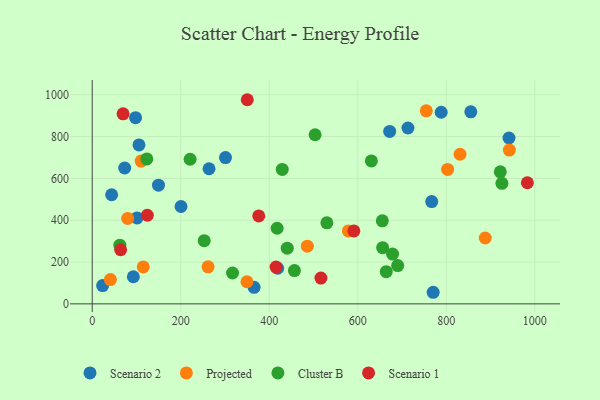
{"axis": {"x": "Experience", "y": "Profit"}, "legend": ["Cluster B", "Projected", "Scenario 1", "Scenario 2"], "data": [{"x": "73.4", "y": 649.5, "type": "Scenario 2"}, {"x": "713.3", "y": 840.9, "type": "Scenario 2"}, {"x": "23.5", "y": 87.4, "type": "Scenario 2"}, {"x": "92.9", "y": 129.7, "type": "Scenario 2"}, {"x": "770.3", "y": 55.4, "type": "Scenario 2"}, {"x": "149.7", "y": 567.5, "type": "Scenario 2"}, {"x": "200.6", "y": 465.4, "type": "Scenario 2"}, {"x": "97.9", "y": 890.1, "type": "Scenario 2"}, {"x": "788.4", "y": 916.2, "type": "Scenario 2"}, {"x": "767.0", "y": 489.0, "type": "Scenario 2"}, {"x": "301.1", "y": 699.2, "type": "Scenario 2"}, {"x": "43.9", "y": 521.6, "type": "Scenario 2"}, {"x": "672.0", "y": 824.5, "type": "Scenario 2"}, {"x": "855.3", "y": 918.0, "type": "Scenario 2"}, {"x": "101.3", "y": 410.8, "type": "Scenario 2"}, {"x": "941.6", "y": 793.1, "type": "Scenario 2"}, {"x": "263.9", "y": 646.1, "type": "Scenario 2"}, {"x": "365.7", "y": 79.3, "type": "Scenario 2"}, {"x": "105.6", "y": 759.8, "type": "Scenario 2"}, {"x": "418.9", "y": 170.2, "type": "Scenario 2"}, {"x": "349.6", "y": 105.7, "type": "Projected"}, {"x": "942.4", "y": 735.4, "type": "Projected"}, {"x": "831.0", "y": 715.4, "type": "Projected"}, {"x": "115.3", "y": 176.8, "type": "Projected"}, {"x": "80.1", "y": 408.4, "type": "Projected"}, {"x": "802.9", "y": 642.7, "type": "Projected"}, {"x": "486.0", "y": 275.8, "type": "Projected"}, {"x": "110.6", "y": 682.7, "type": "Projected"}, {"x": "261.7", "y": 177.0, "type": "Projected"}, {"x": "578.7", "y": 348.6, "type": "Projected"}, {"x": "754.7", "y": 922.7, "type": "Projected"}, {"x": "41.1", "y": 116.3, "type": "Projected"}, {"x": "887.9", "y": 314.9, "type": "Projected"}, {"x": "317.0", "y": 147.6, "type": "Cluster B"}, {"x": "253.0", "y": 301.9, "type": "Cluster B"}, {"x": "690.1", "y": 183.0, "type": "Cluster B"}, {"x": "417.8", "y": 361.5, "type": "Cluster B"}, {"x": "630.7", "y": 683.5, "type": "Cluster B"}, {"x": "123.3", "y": 693.0, "type": "Cluster B"}, {"x": "440.6", "y": 266.3, "type": "Cluster B"}, {"x": "655.4", "y": 396.9, "type": "Cluster B"}, {"x": "503.5", "y": 808.6, "type": "Cluster B"}, {"x": "429.3", "y": 642.8, "type": "Cluster B"}, {"x": "456.8", "y": 159.0, "type": "Cluster B"}, {"x": "221.1", "y": 691.3, "type": "Cluster B"}, {"x": "530.1", "y": 387.4, "type": "Cluster B"}, {"x": "664.3", "y": 153.7, "type": "Cluster B"}, {"x": "925.6", "y": 576.5, "type": "Cluster B"}, {"x": "656.1", "y": 268.7, "type": "Cluster B"}, {"x": "678.5", "y": 238.0, "type": "Cluster B"}, {"x": "921.9", "y": 631.3, "type": "Cluster B"}, {"x": "62.4", "y": 280.5, "type": "Cluster B"}, {"x": "124.5", "y": 423.6, "type": "Scenario 1"}, {"x": "415.3", "y": 176.1, "type": "Scenario 1"}, {"x": "69.7", "y": 908.4, "type": "Scenario 1"}, {"x": "376.2", "y": 420.6, "type": "Scenario 1"}, {"x": "516.7", "y": 123.2, "type": "Scenario 1"}, {"x": "983.1", "y": 579.1, "type": "Scenario 1"}, {"x": "591.1", "y": 348.5, "type": "Scenario 1"}, {"x": "350.3", "y": 976.0, "type": "Scenario 1"}, {"x": "64.2", "y": 258.6, "type": "Scenario 1"}]}